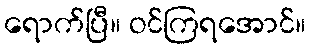
ရောက်ပြီ။ ဝင်ကြရအောင်။